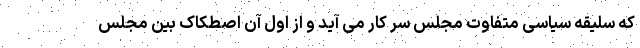
که سلیقه سیاسی متفاوت مجلس سر کار می آید و از اول آن اصطکاک بین مجلس